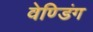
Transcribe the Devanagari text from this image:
वेण्डिंग